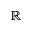
\mathbb { R }